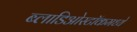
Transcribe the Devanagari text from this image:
ब्लाडिओस्टॉकमध्ये